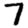
Digit: 7